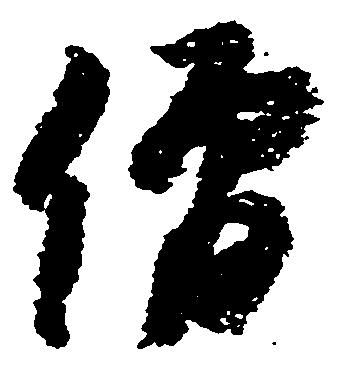
僧